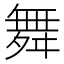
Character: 舞